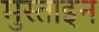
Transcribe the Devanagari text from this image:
मुस्ताइन